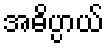
အဓိပ္ပာယ်